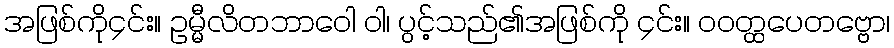
အဖြစ်ကို၄င်း။ ဥမ္မီလိတဘာဝေါ ဝါ၊ ပွင့်သည်၏အဖြစ်ကို ၄င်း။ ဝဝတ္ထပေတဗ္ဗော၊